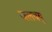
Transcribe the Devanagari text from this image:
जलवयु